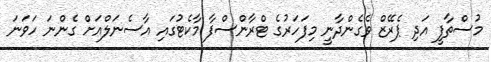
މުސްތާފީ އަދި ޕެރޭޒް ވެގެންދާނީ މިފަހަރުގެ ޓްރާންސްފާ މާކެޓުގައި އާސެނަލްއަށް ގެންނަ ހަވަނަ